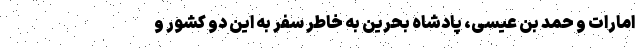
امارات و ‌حمد بن عیسی‌، پادشاه بحرین به خاطر سفر به این دو کشور و